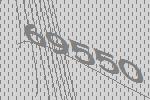
69550